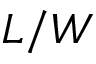
L / W